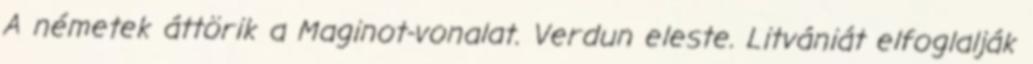
A németek áttörik a Maginot-vonalat. Verdun eleste. Litvániát elfoglalják